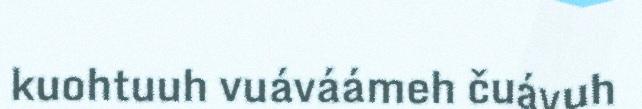
kuohtuuh vuáváámeh čuávuh